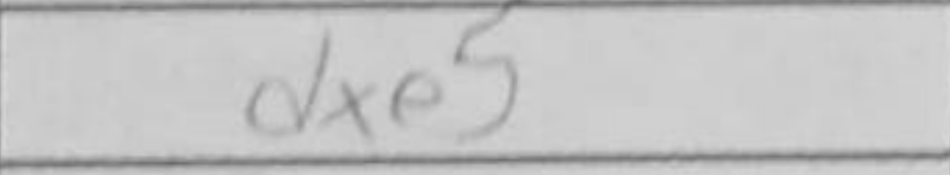
Transcription: dxe5